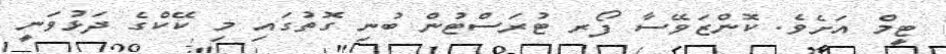
ޓީމް އަށެވެ. ކޮންޒަވޭސާ ފޯރ ޓުރަސްޓުން ބުނި ގޮތުގައި މި ކޭކްގެ ދަޅުވަނީ